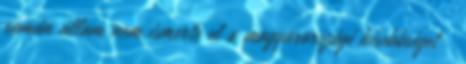
román állam nem ismerte el a magyarországi kisebbséget 